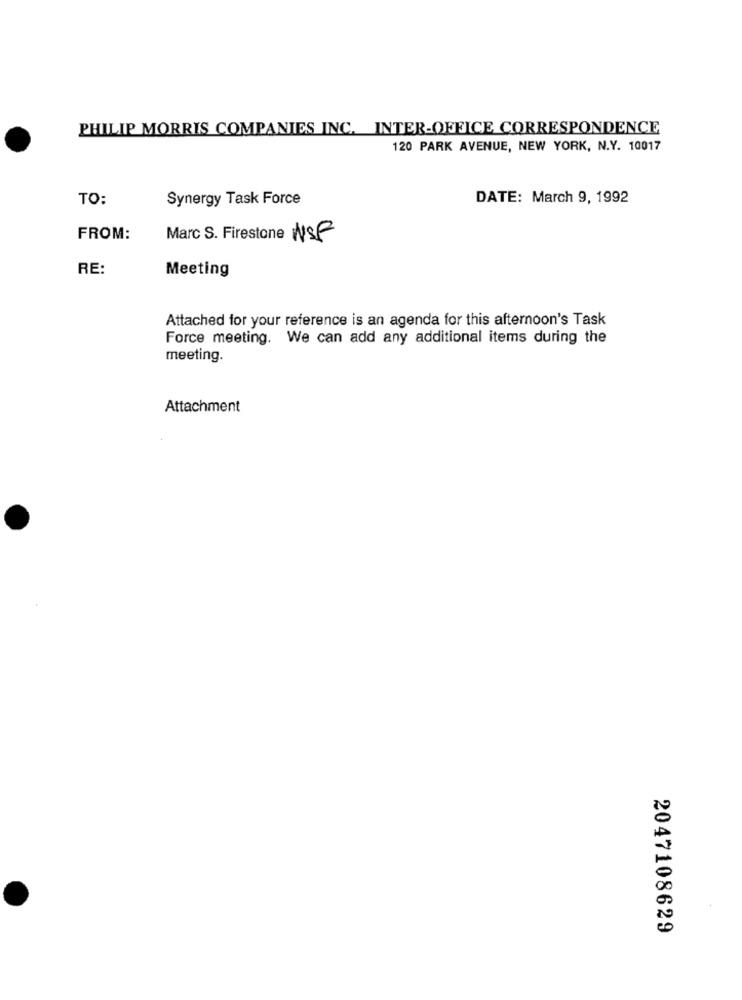
PHILIP MORRIS COMPANIES INC. INTER-OFFICE CORRESPONDENCE
120 PARK AVENUE, NEW YORK, N.Y. 10017
TO:
Synergy Task Force
DATE: March 9, 1992
FROM:
Marc S. Firestone NSF
RE:
Meeting
Attached for your reference is an agenda for this afternoon's Task
Force meeting. We can add any additional items during the
meeting.
Attachment
2047108629